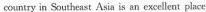
country in Southeast Asia is an excellent place